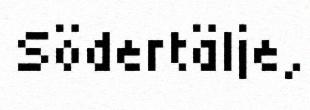
Södertälje,